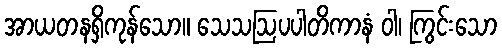
အာယတနရှိကုန်သော။ သေသဩပပါတိကာနံ ဝါ၊ ကြွင်းသော